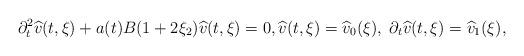
LaTeX: \begin{align*}\partial_{t}^{2} \widehat{v}(t,\xi)+ a(t) B(1+2\xi_{2}) \widehat{v}(t,\xi)=0, \widehat{v}(t,\xi)=\widehat{v}_{0}(\xi), \; \partial_{t}\widehat{v}(t,\xi)=\widehat{v}_{1}(\xi),\end{align*}